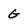
Character: g